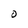
Character: O